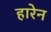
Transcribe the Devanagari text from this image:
हारेन